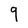
Character: 9